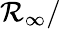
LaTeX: \mathcal{R}_{\infty}/